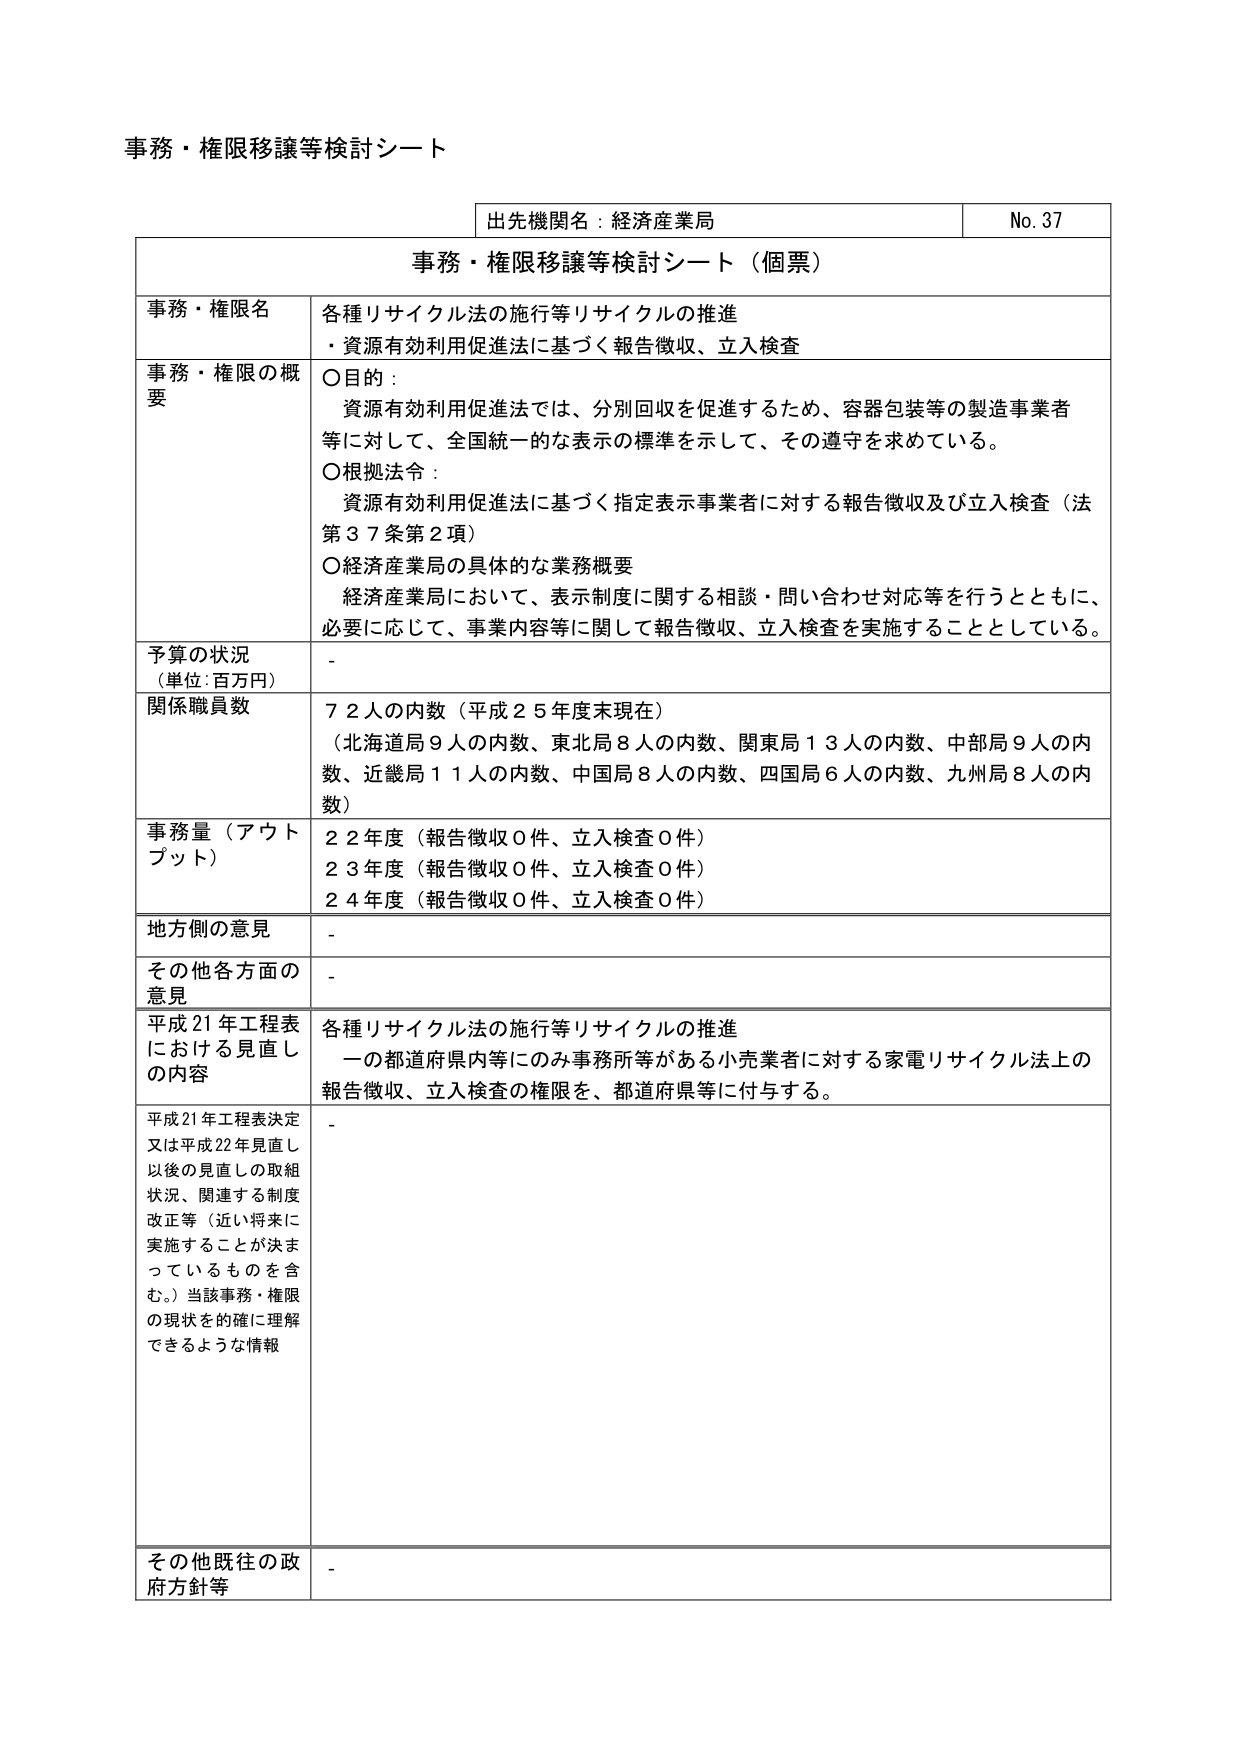
事務・権限移譲等検討シート

出先機関名：経済産業局